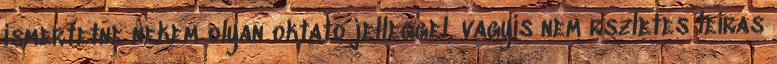
ismertetne nekem olyan oktato jelleggel, vagyis nem rszletes leiras